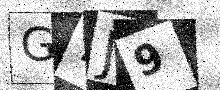
Text: G7J9